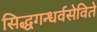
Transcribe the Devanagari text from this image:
सिद्धगन्धर्वसेविते